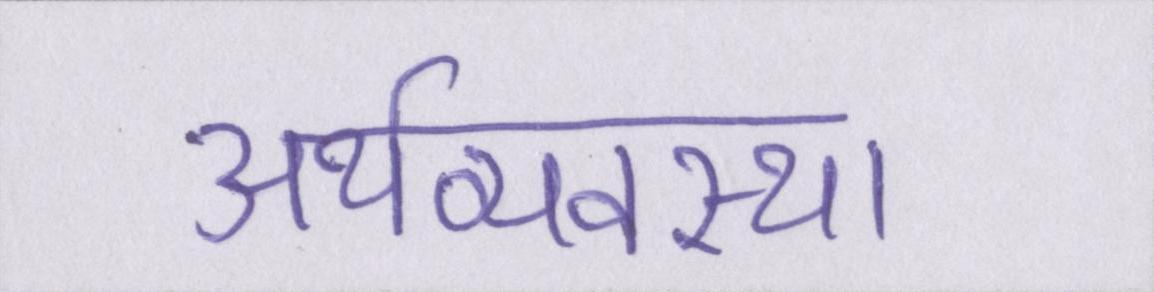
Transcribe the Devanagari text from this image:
अर्थव्यवस्था